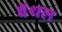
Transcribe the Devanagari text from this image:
बॅथल